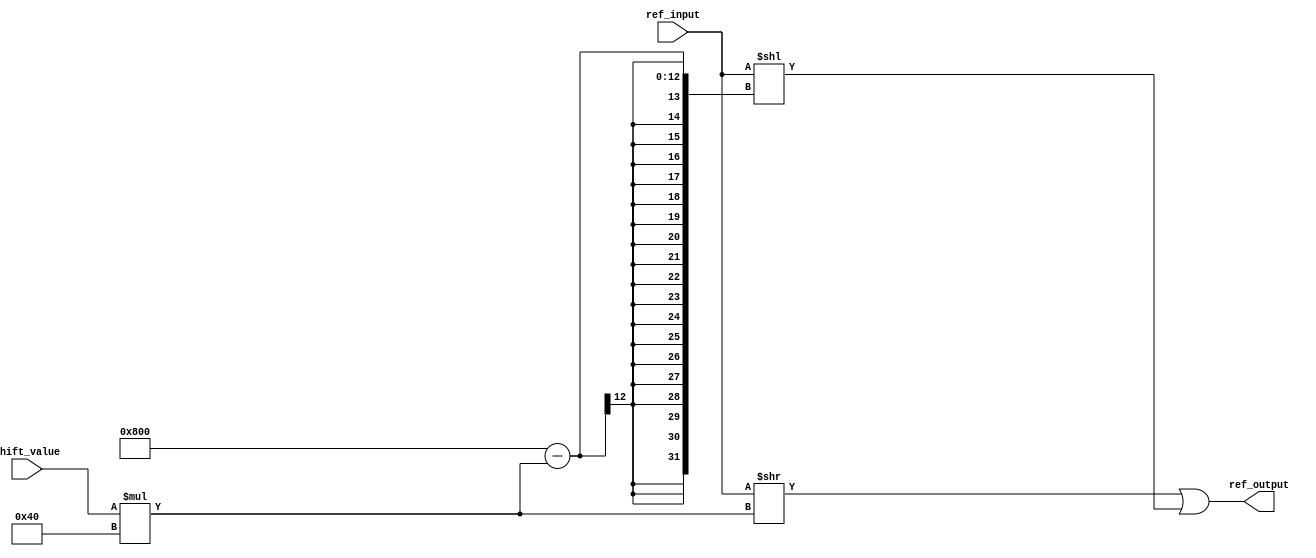
module Ref_mem_shift(
input [2047:0] ref_input,
input [4:0] shift_value, //memmem
output wire [2047:0] ref_output
);

assign ref_output = (ref_input>>shift_value*64)|(ref_input<<(2048-shift_value*64));

endmodule